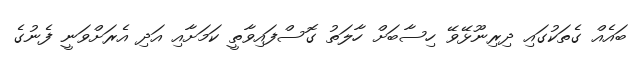
ބައެއް ގެތަކުގައި ދިރިނޫޅޭވޭ ހިސާބަށް ހާލަތު ގޮސްފައިވާތީ ކަމަށާއި އަދި އެރަށްވަނީ ފެނުގެ